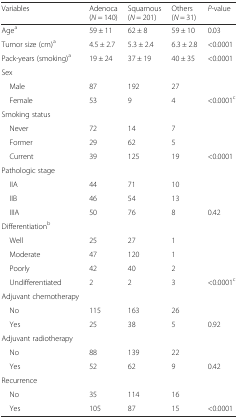
<table><thead><tr><td><b>Variables</b></td><td><b>Adenoca (<i>N</i> = 140)</b></td><td><b>Squamous (<i>N</i> = 201)</b></td><td><b>Others (<i>N</i> = 31)</b></td><td><b><i>P</i>-value</b></td></tr></thead><tbody><tr><td>Age<sup>a</sup></td><td>59 ± 11</td><td>62 ± 8</td><td>59 ± 10</td><td>0.03</td></tr><tr><td>Tumor size (cm)<sup>a</sup></td><td>4.5 ± 2.7</td><td>5.3 ± 2.4</td><td>6.3 ± 2.8</td><td>&lt;0.0001</td></tr><tr><td>Pack-years (smoking)<sup>a</sup></td><td>19 ± 24</td><td>37 ± 19</td><td>40 ± 35</td><td>&lt;0.0001</td></tr><tr><td>Sex</td><td></td><td></td><td></td><td></td></tr><tr><td> Male</td><td>87</td><td>192</td><td>27</td><td></td></tr><tr><td> Female</td><td>53</td><td>9</td><td>4</td><td>&lt;0.0001<sup>c</sup></td></tr><tr><td>Smoking status</td><td></td><td></td><td></td><td></td></tr><tr><td> Never</td><td>72</td><td>14</td><td>7</td><td></td></tr><tr><td> Former</td><td>29</td><td>62</td><td>5</td><td></td></tr><tr><td> Current</td><td>39</td><td>125</td><td>19</td><td>&lt;0.0001</td></tr><tr><td>Pathologic stage</td><td></td><td></td><td></td><td></td></tr><tr><td> IIA</td><td>44</td><td>71</td><td>10</td><td></td></tr><tr><td> IIB</td><td>46</td><td>54</td><td>13</td><td></td></tr><tr><td> IIIA</td><td>50</td><td>76</td><td>8</td><td>0.42</td></tr><tr><td>Differentiation<sup>b</sup></td><td></td><td></td><td></td><td></td></tr><tr><td> Well</td><td>25</td><td>27</td><td>1</td><td></td></tr><tr><td> Moderate</td><td>47</td><td>120</td><td>1</td><td></td></tr><tr><td> Poorly</td><td>42</td><td>40</td><td>2</td><td></td></tr><tr><td> Undifferentiated</td><td>2</td><td>2</td><td>3</td><td>&lt;0.0001<sup>c</sup></td></tr><tr><td>Adjuvant chemotherapy</td><td></td><td></td><td></td><td></td></tr><tr><td> No</td><td>115</td><td>163</td><td>26</td><td></td></tr><tr><td> Yes</td><td>25</td><td>38</td><td>5</td><td>0.92</td></tr><tr><td>Adjuvant radiotherapy</td><td></td><td></td><td></td><td></td></tr><tr><td> No</td><td>88</td><td>139</td><td>22</td><td></td></tr><tr><td> Yes</td><td>52</td><td>62</td><td>9</td><td>0.42</td></tr><tr><td>Recurrence</td><td></td><td></td><td></td><td></td></tr><tr><td> No</td><td>35</td><td>114</td><td>16</td><td></td></tr><tr><td> Yes</td><td>105</td><td>87</td><td>15</td><td>&lt;0.0001</td></tr></tbody></table>